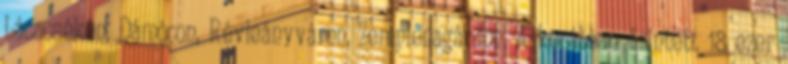
Lácacsékén, Dámócon, Révleányváron, Zemplénagárdon, A korábban érintett 18 ezer